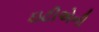
ઇટીએની